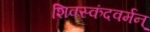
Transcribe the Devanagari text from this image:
शिवस्कंदवर्मन्